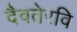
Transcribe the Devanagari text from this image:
दैवतेरवि